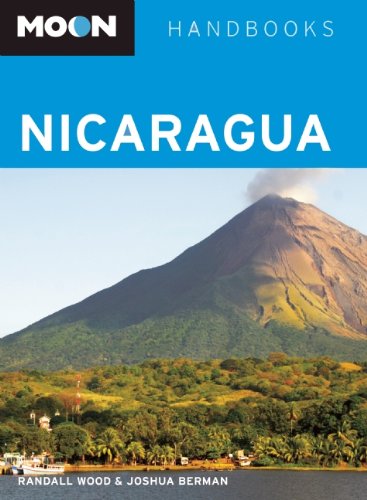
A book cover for Moon Nicaragua (Moon Handbooks); Randall Wood; Travel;